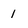
Character: 1